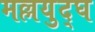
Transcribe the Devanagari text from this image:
मल्लयुद्घ